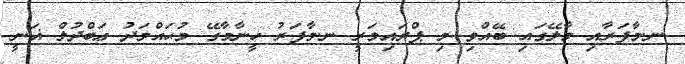
ނ.މާފަރާއި މާލޭގައި ބޭއްވި މި ޕްރައިމަރީ ނ.މާފަރު ހީނާމާގޭ މުޙައްމަދު ޢަބްދުލް ޣަނީ